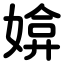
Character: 媕